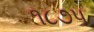
૧૮૭૫